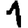
Digit: 1